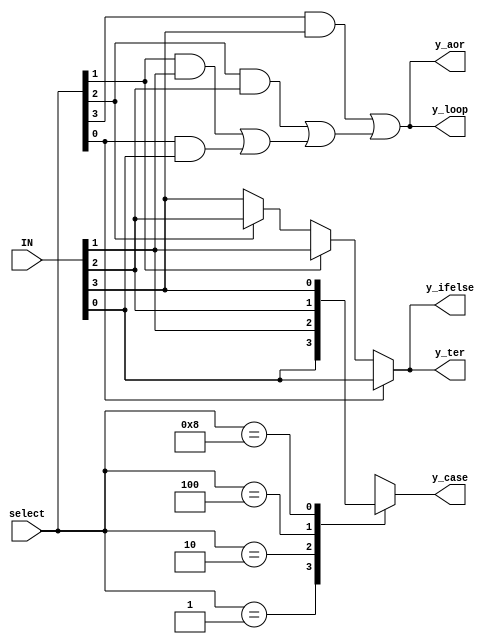
`timescale 1ns / 1ps

module Mux_2_to_1(
 input [3:0]IN,
 input [3:0]select,
 output  y_ter,
 output reg y_case,
 output reg y_ifelse,
 output reg y_loop,
 output  y_aor
    );
    
    //Ternary operation.
    assign y_ter = select[0]?IN[0]:select[1]?IN[1]:select[2]?IN[2]:IN[3];
    
    //Using case:
    always @(*)
      begin
        case(select)
         4'b0001: y_case = IN[0];
         4'b0010: y_case = IN[1];
         4'b0100: y_case = IN[2];
         4'b1000: y_case = IN[3];
         default: y_case = 1'bx;
        endcase
      end
    
    //Using ifelse
    always @(*)
      begin
       if(select[0])
          begin
            y_ifelse = IN[0];
          end
       else if(select[1])
          begin
           y_ifelse = IN[1];
          end
       else if(select[2])
          begin
             y_ifelse = IN[2];
          end
       else
          begin
            y_ifelse = IN[3];
          end
      end
      
      //Loop
      integer i;
      always @(*)
        begin
          y_loop = 1'b0;
          for(i=0; i<4;i=i+1)
            begin
               y_loop = (select[i] & IN[i]) | y_loop;
            end
        end
    
    
    //AND-OR tree
    assign y_aor = (select[0] & IN[0]) |(select[1] & IN[1])|(select[2] & IN[2])|(select[3] & IN[3]);
endmodule